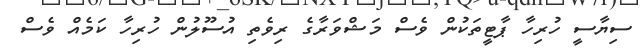
ސިޔާސީ ހުރިހާ ޕާޓީތަކުން ވެސް މަޝްވަރާގެ ރިވެތި އުސޫލުން ހުރިހާ ކަމެއް ވެސް